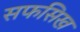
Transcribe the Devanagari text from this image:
सफसिख